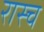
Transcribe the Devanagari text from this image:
रास्च